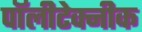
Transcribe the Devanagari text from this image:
पॉलीटेक्नीक